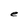
Character: e